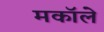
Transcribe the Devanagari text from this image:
मकॉले